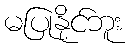
မပြုနိုင်ဘူး